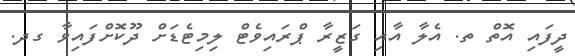
ދީފައި އޮތް ތ. އެލާ އާއި ގަޒީރާ ޕްރައިވެޓް ލިމިޓެޑަށް ދޫކޮށްފައިވާ ގދ.